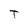
Character: T